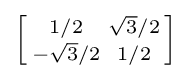
\left[{\begin{smallmatrix}1/2&{\sqrt {3}}/2\\-{\sqrt {3}}/2&1/2\\\end{smallmatrix}}\right]